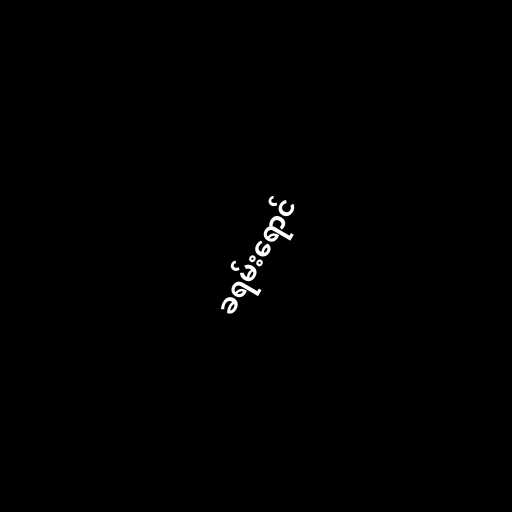
ခရမ်းရောင်